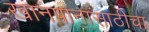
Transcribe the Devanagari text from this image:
खानपानासाठीचा